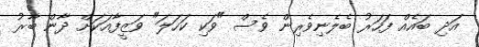
އަދި ބައެއް ފަހަރު ބެލެނިވެރިން ވެސް "ވަކި ކަހަލަ" ވަޒީފާއަކަށް ދާން ބާރު